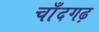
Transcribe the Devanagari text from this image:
चाँदगढ़